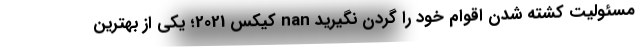
مسئولیت کشته شدن اقوام خود را گردن نگیرید nan کیکس 2021؛ یکی از بهترین